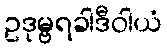
ဥဒုမ္ဗရခါဒီဝါယံ